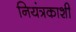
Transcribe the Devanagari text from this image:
नियंत्रकाशी